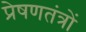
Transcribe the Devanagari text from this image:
प्रेषणतंत्रों